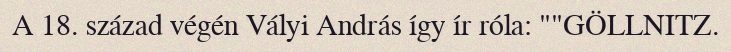
A 18. század végén Vályi András így ír róla: ""GÖLLNITZ.